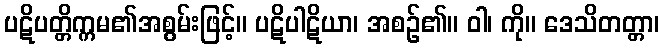
ပဋိပတ္တိက္ကမ၏အစွမ်းဖြင့်။ ပဋိပါဋိယာ၊ အစဉ်၏။ ဝါ၊ ကို။ ဒေသိတတ္တာ၊